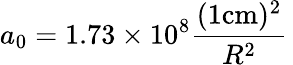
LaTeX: a_{0}=1.73\times 10^{8}\frac{(1\mathrm{cm})^{2}}{R^{2}}\,